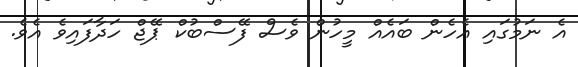
އެ ނަމުގައި އެހެން ބައެއް މީހުން ވެސް ފޭސްބުކް ޕޭޖް ހަދާފައިވެ އެވެ.